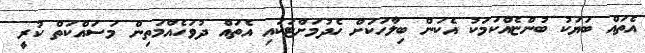
އެތައް ބަޔަކު ބުންޏެއްކަމަކު އެކަން ބިލާހަކަށް ހެދުމަށްޓަކައި އެތައް ދުވަހެއްމަތިން މަސައްކަތް ކުރީ